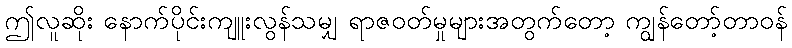
ဤလူဆိုး နောက်ပိုင်းကျူးလွန်သမျှ ရာဇဝတ်မှုများအတွက်တော့ ကျွန်တော့်တာဝန်